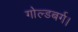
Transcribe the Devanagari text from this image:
गोल्डबर्ग।